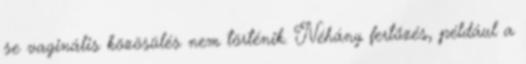
se vaginális közösülés nem történik. Néhány fertőzés, például a